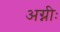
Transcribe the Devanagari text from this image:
अग्नीः